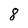
Character: 8